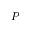
P